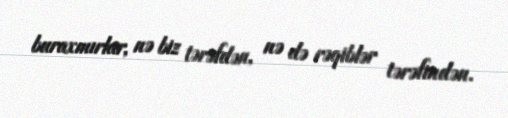
buraxmırlar, nə biz tərəfdən, nə də rəqiblər tərəfindən.